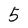
Character: 5